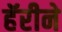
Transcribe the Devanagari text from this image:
हॅरीने